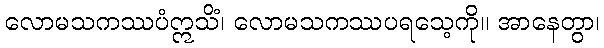
လောမသကဿပံဣသိံ၊ လောမသကဿပရသေ့ကို။ အာနေတွာ၊